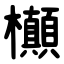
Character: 㰜